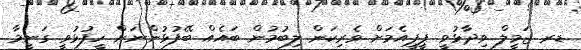
ޑރ ޖަމީލް ވިދާޅުވީ ޕީޕީއެމަށް ވެރިކަން ލިބުމުން ބައެއް ބޭފުޅުންނަށް ހީފުޅުވީ ގަނީމާ